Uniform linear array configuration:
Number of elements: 24
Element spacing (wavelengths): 1
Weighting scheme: binomial
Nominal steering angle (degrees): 60
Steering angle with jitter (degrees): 59.376
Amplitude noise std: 0.05
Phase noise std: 0.05

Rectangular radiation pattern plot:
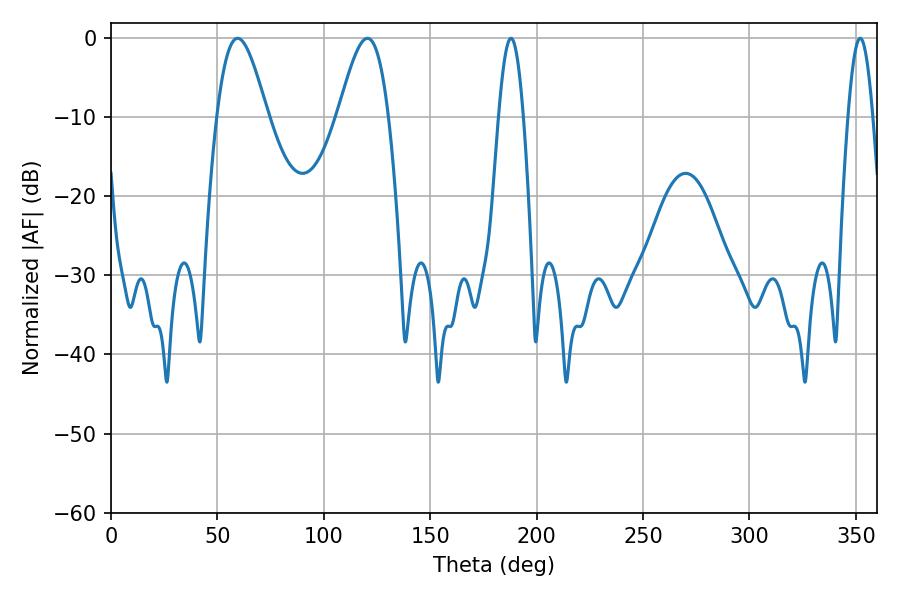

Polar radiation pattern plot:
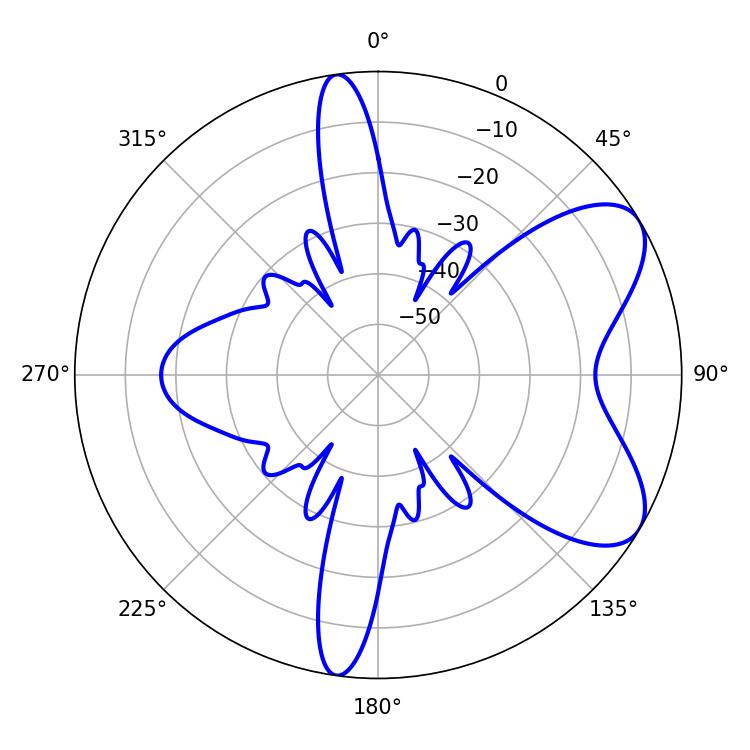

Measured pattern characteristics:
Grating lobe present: TRUE
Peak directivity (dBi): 7.05
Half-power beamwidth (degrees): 6.12
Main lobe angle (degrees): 187.92